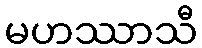
မဟဿာသီ